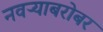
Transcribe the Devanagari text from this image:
नवऱ्याबरोबर